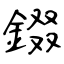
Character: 錣